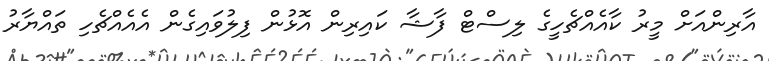
އާރިންއަށް މީރު ކާއެއްޗެހީގެ ލިސްޓް ފާޝާ ކައިރިން އޮޅުން ފިލުވައިގެން އެއެއްޗެހި ތައްޔާރު